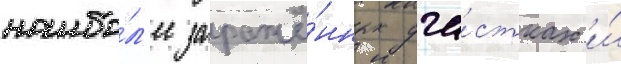
наибо́л'ее заражё́нных уча́стках и́